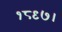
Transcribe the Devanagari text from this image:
१८९७।